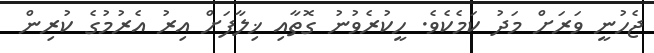
ޖެހުނީ ވަރަށް މަދު ކަމެކެވެ. ހީކުރެވުނު ގޮތާއި ޚިލާފަށް އިރު އެރުމުގެ ކުރިން